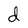
Character: d